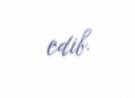
edib.